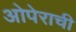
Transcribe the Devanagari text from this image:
ओपेराची